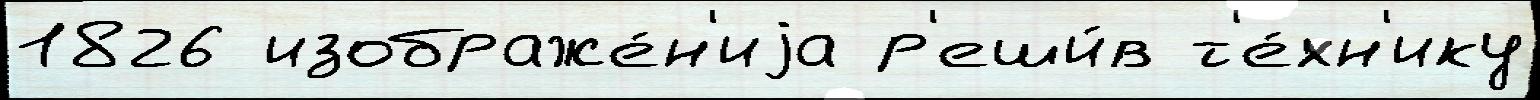
1826 изображе́н'иjа р'еши́в т'е́хн'ику